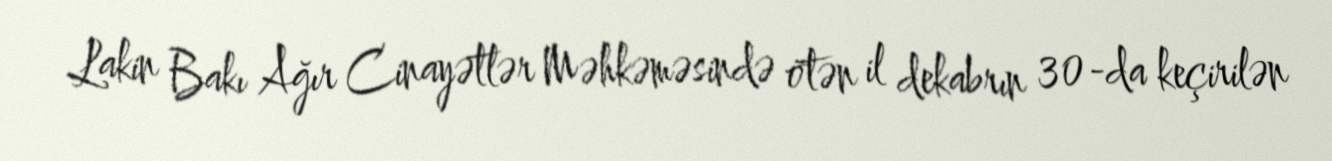
Lakin Bakı Ağır Cinayətlər Məhkəməsində ötən il dekabrın 30-da keçirilən